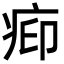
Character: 𬏥